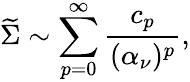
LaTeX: {\widetilde\Sigma}\sim\sum_{p=0}^{\infty}{\frac{c_{p}}{(\alpha_{\nu})^{p}}},